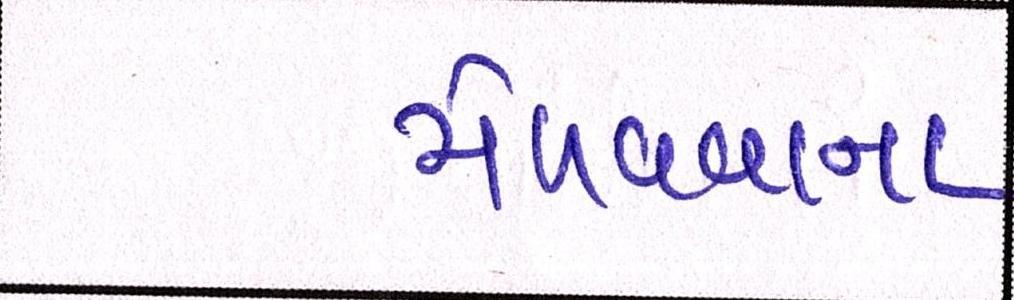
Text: મેળવવાના